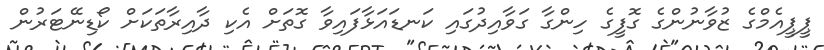
ޕީޕީއެމްގެ ޒުވާނުންގެ ގޮފީގެ ހިންގާ ގަވާއިދުގައި ކަނޑައަޅާފައިވާ ގޮތަށް އެކި ދާއިރާތަކަށް ކޯޑިނޭޓަރުން